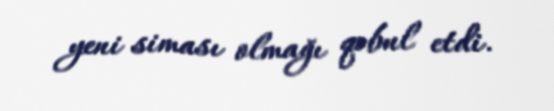
yeni siması olmağı qəbul etdi.